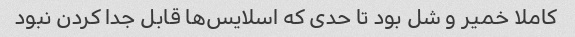
کاملا خمیر و شل بود تا حدی که اسلایس‌ها قابل جدا کردن نبود